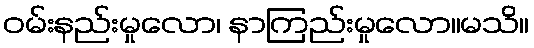
ဝမ်းနည်းမှုလော၊ နာကြည်းမှုလော။မသိ။